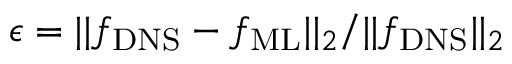
\epsilon = | | { f _ { \mathrm { D N S } } } - { f _ { \mathrm { M L } } } | | _ { 2 } / | | { f _ { \mathrm { D N S } } } | | _ { 2 }